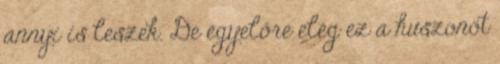
annyi is leszek. De egyelőre elég ez a huszonöt